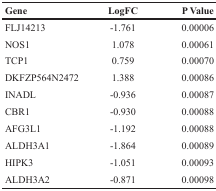
| Gene | LogFC | P Value |
 | --- | --- | --- |
 | FLJ14213 | −1.761 | 0.00006 |
 | NOS1 | 1.078 | 0.00061 |
 | TCP1 | 0.759 | 0.00070 |
 | DKFZP564N2472 | 1.388 | 0.00086 |
 | INADL | −0.936 | 0.00087 |
 | CBR1 | −0.930 | 0.00088 |
 | AFG3L1 | −1.192 | 0.00088 |
 | ALDH3A1 | −1.864 | 0.00089 |
 | HIPK3 | −1.051 | 0.00093 |
 | ALDH3A2 | −0.871 | 0.00098 |